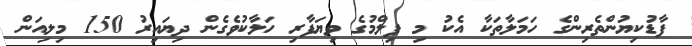
ފާޑުކިޔުންތެރިންގެ ހަމަލާތަކާ އެކު މި ފިލްމުގެ ވިޔަފާރި ހަލާކުވެގެން ދިޔައިރު 150 މިލިއަން